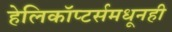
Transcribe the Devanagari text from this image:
हेलिकॉप्टर्समधूनही